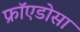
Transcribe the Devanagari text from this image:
फ्रॉएडोसा